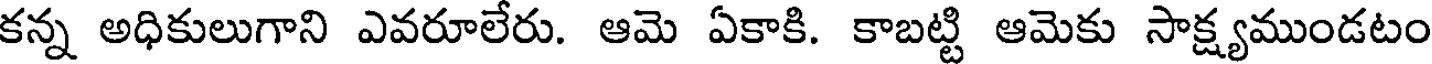
కన్న అధికులుగాని ఎవరూలేరు. ఆమె ఏకాకి. కాబట్టి ఆమెకు సాక్ష్యముండటం